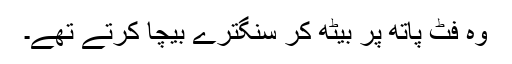
وہ فٹ پاتھ پر بیٹھ کر سنگترے بیچا کرتے تھے۔